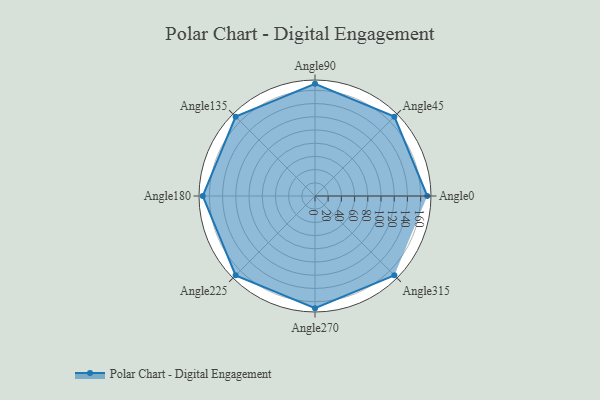
{"axis": {"x": "Angle", "y": "Radius"}, "legend": [""], "data": [{"x": "Angle0", "y": 170, "type": ""}, {"x": "Angle45", "y": 170, "type": ""}, {"x": "Angle90", "y": 170, "type": ""}, {"x": "Angle135", "y": 170.0, "type": ""}, {"x": "Angle180", "y": 170, "type": ""}, {"x": "Angle225", "y": 170, "type": ""}, {"x": "Angle270", "y": 170, "type": ""}, {"x": "Angle315", "y": 170, "type": ""}]}